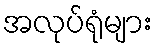
အလုပ်ရုံများ